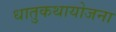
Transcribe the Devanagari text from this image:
धातुकथायोजना